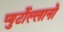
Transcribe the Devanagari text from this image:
प्युर्टोल्लानो